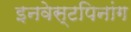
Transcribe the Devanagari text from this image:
इनवेस्टपिनांग